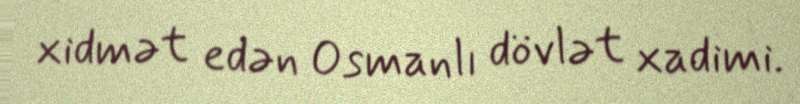
xidmət edən Osmanlı dövlət xadimi.